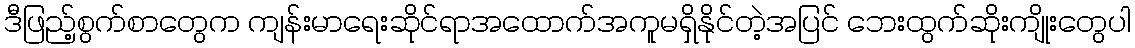
ဒီဖြည့်စွက်စာတွေက ကျန်းမာရေးဆိုင်ရာအထောက်အကူမရှိနိုင်တဲ့အပြင် ဘေးထွက်ဆိုးကျိုးတွေပါ